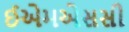
ઈએમએસસી